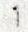
1